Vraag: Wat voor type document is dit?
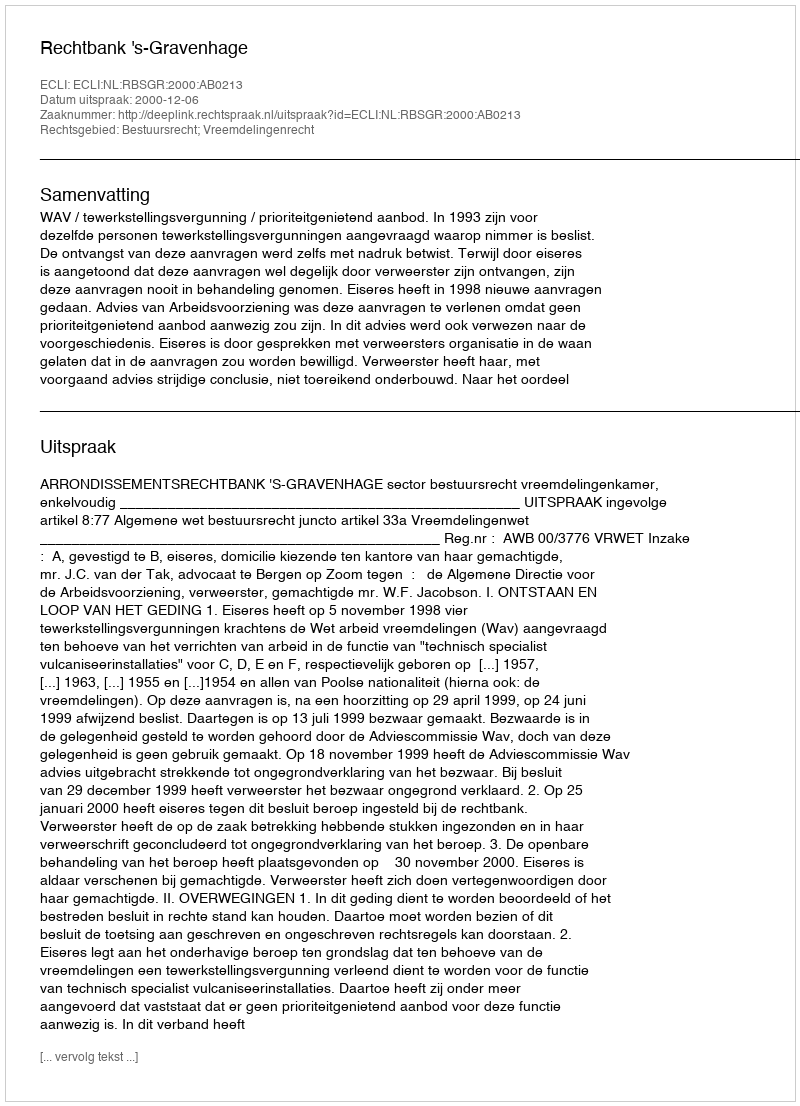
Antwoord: Uitspraak